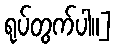
ရုပ်တွက်ပါ။]